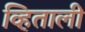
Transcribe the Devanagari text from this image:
व्हिताली